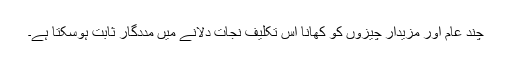
چند عام اور مزیدار چیزوں کو کھانا اس تکلیف نجات دلانے میں مددگار ثابت ہوسکتا ہے۔